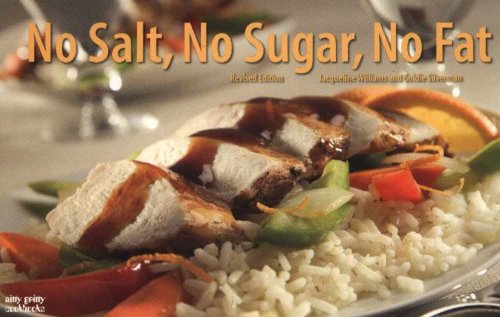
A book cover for No Salt, No Sugar, No Fat (Nitty Gritty Cookbooks); Goldie Silverman; Cookbooks, Food & Wine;